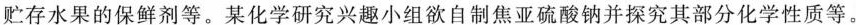
贮存水果的保鲜剂等。某化学研究兴趣小组欲自制焦亚硫酸钠并探究其部分化学性质等。